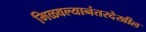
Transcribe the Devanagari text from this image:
मिळवल्यानंतरदेखील